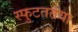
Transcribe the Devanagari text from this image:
स्फुटततया